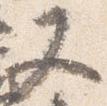
又